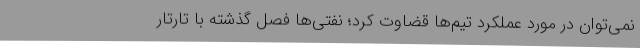
نمی‌توان در مورد عملکرد تیم‌ها قضاوت کرد؛ نفتی‌ها فصل گذشته با تارتار